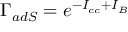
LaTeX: \Gamma _ { a d S } = e ^ { - I _ { c c } + I _ { B } }